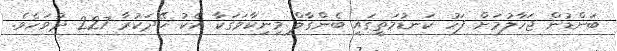
ބަންޑުން ޖަހާލުމަށް ފަހު ކަނޑުމަތީގައި ބެންގާލް މިނިކާވަގަކާ އެކު ހޭދަކުރާ 227 ދުވަހެވެ.